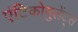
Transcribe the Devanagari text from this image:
एंटिकोगुलेंट्स